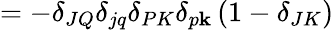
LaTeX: =-\delta_{JQ}\delta_{jq}\delta_{PK}\delta_{p\mathbf{k}}\left(1-\delta_{JK}\right)